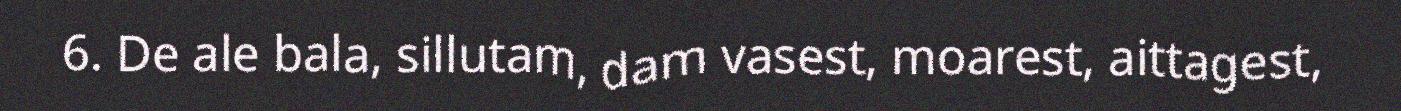
6. De ale bala, sillutam, dam vasest, moarest, aittagest,